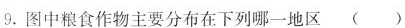
9.图中粮食作物主要分布在下列哪一地区 ()